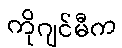
ကိုဂျင်မီက